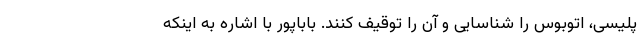
پلیسی، اتوبوس را شناسایی و آن را توقیف کنند. باباپور با اشاره به اینکه